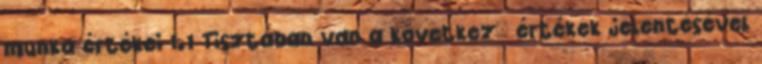
munka értékei 1.1 Tisztában van a következı értékek jelentésével